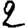
Digit: 2